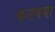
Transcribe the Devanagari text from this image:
कतबया